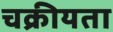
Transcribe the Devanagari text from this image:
चक्रीयता